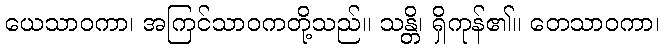
ယေသာဝကာ၊ အကြင်သာဝကတို့သည်။ သန္တိ၊ ရှိကုန်၏။ တေသာဝကာ၊